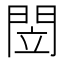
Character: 閚